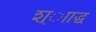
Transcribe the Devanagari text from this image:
श्ााद्ध